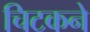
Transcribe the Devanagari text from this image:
चिटकने